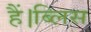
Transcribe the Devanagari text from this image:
हैं।ब्लिस